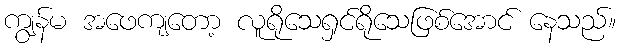
ကျွန်မ အဖေကျတော့ လူရိုသေရှင်ရိုသေဖြစ်အောင် နေသည်။